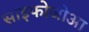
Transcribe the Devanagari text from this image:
साइफोजोआ